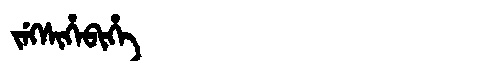
Manchu: ᠵᡝᡴᠰᡳᡥᡝᠪᡳᡥᡝ
Romanization: JEKSIHEBIHE